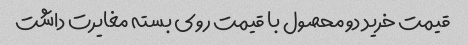
قیمت خرید دو محصول با قیمت روی بسته مغایرت داشت